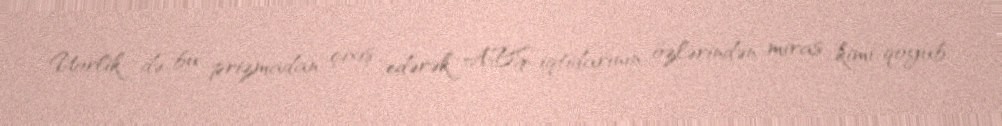
Uorlik də bu prizmadan çıxış edərək ABŞ iqtidarının özlərindən miras kimi qoyub